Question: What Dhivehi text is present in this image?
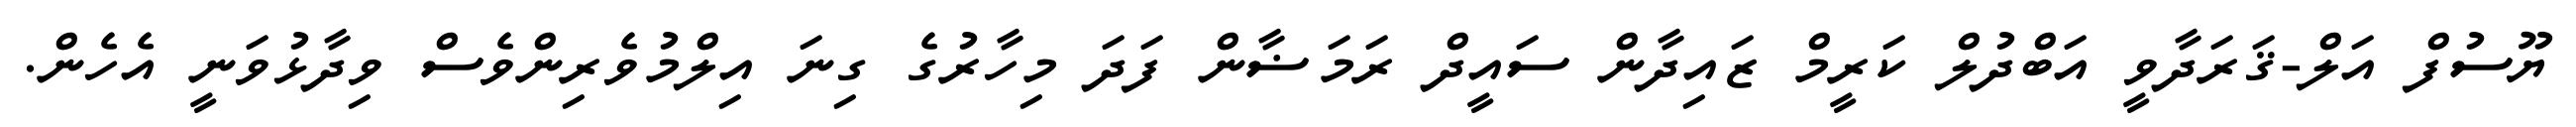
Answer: ޔޫސުފް އަލް-ޤަރަދާވީ އަބްދުލް ކަރީމް ޒައިދާން ސައީދް ރަމަޟާން ފަދަ މިހާރުގެ ގިނަ އިލްމުވެރިންވެސް ވިދާޅުވަނީ އެހެން.